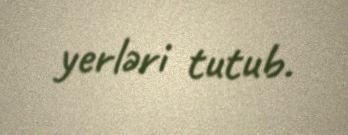
yerləri tutub.